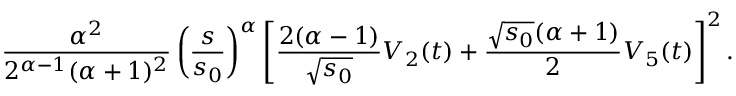
\frac { \alpha ^ { 2 } } { 2 ^ { \alpha - 1 } ( \alpha + 1 ) ^ { 2 } } \left( \frac { s } { s _ { 0 } } \right) ^ { \alpha } \left[ \frac { 2 ( \alpha - 1 ) } { \sqrt { s _ { 0 } } } V _ { 2 } ( t ) + \frac { \sqrt { s _ { 0 } } ( \alpha + 1 ) } { 2 } V _ { 5 } ( t ) \right] ^ { 2 } .